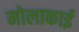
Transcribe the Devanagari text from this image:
मोलाकाई